Leprosy in India: report of the Leprosy Commission in India, 1890-91
Year: 1890
Disease focus: Leprosy
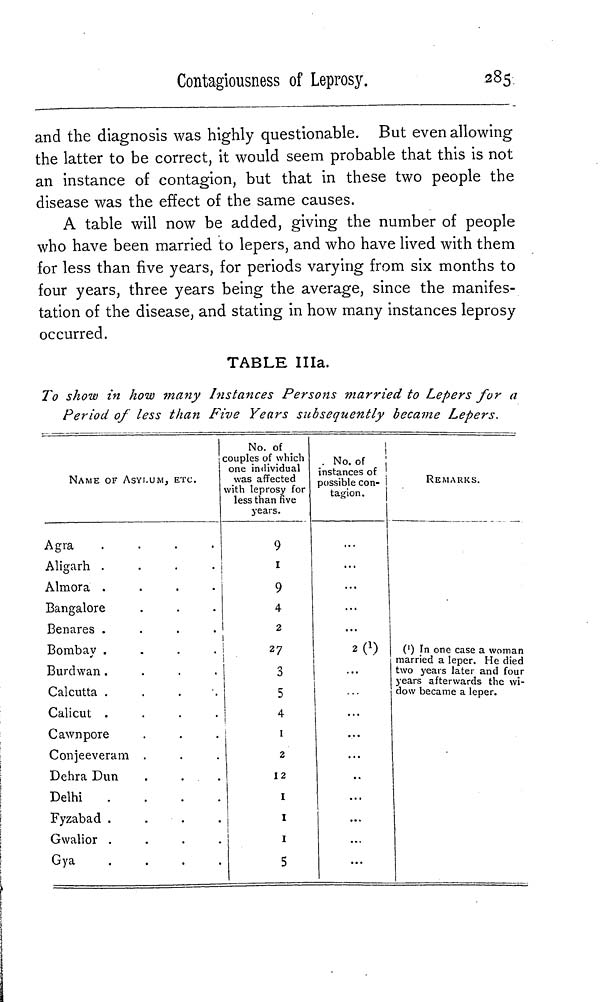
Contagiousness of Leprosy.
285
and the diagnosis was highly questionable. But even allowing
the latter to be correct, it would seem probable that this is not
an instance of contagion, but that in these two people the
disease was the effect of the same causes.
A table will now be added, giving the number of people
who have been married to lepers, and who have lived with them
for less than five years, for periods varying from six months to
four years, three years being the average, since the manifes-
tation of the disease, and stating in how many instances leprosy
occurred.
TABLE IIIa.
To show in how many Instances Persons married to Lepers for a
Period of less than Five Years subsequently became Lepers.
NAME OF ASYLUM, ETC.
A g r a
....
A l i g a r h
....
A l m o r a
....
B a n g a l o r e
B e n a r e s
....
B o m b a y
....
B u r d w a n
....
C a l c u t t a
....
C a l i c u t
....
C a w n p o r e
C o n j e e v e r a m .
D e h r a D u n
D e l h i
.
F y z a b a d
....
G w a l i o r
....
G y a
.
No. of
couples of which
one individual
was affected
with leprosy for
less than five
years.
9
1
9
4
2
27
3
5
4
1
2
12
1
1
1
5
No. of
instances of
possible con-
tagion.
...
...
...
2 ( 1 )
...
...
...
...
REMARKS.
( 1 ) In one case a woman
married a leper. He died
two years later and four
years afterwards the wi-
dow became a leper.